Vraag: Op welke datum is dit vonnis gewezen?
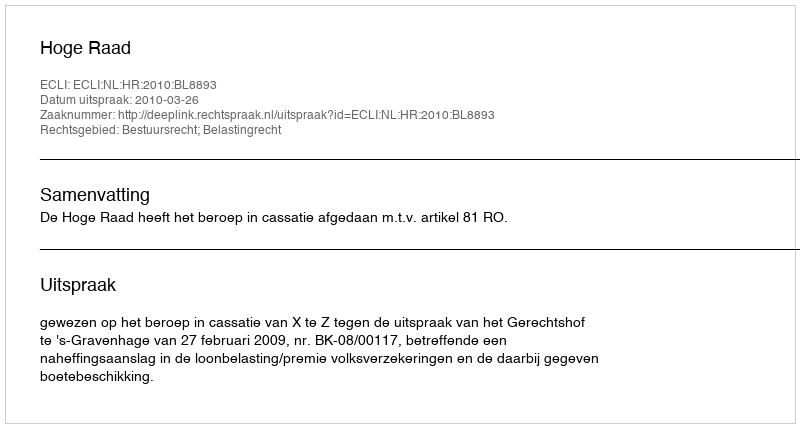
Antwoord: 2010-03-26